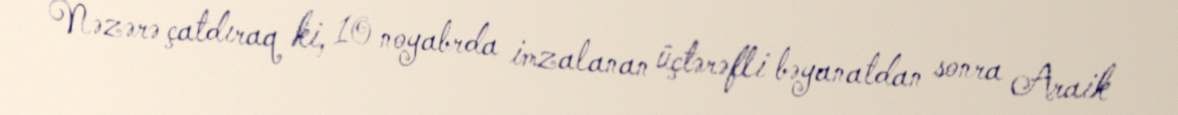
Nəzərə çatdıraq ki, 10 noyabrda imzalanan üçtərəfli bəyanatdan sonra Araik